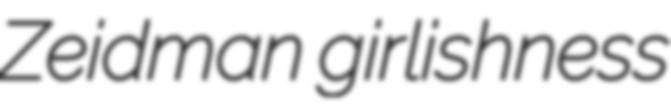
Zeidman girlishness